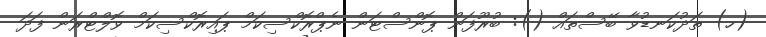
(ހ) ތަދުކަނޑުވާ ބޭސްތައް (): ބުރޫފަން ޕޮންސްޓަން ނެޕްރޮކްސިކަމް ޕައިރޮކްސިކަމް ވޮލްޓްރަން ފަދަ